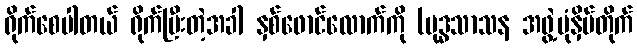
ရိုက်စေပါတယ် ရိုက်ပြီးတဲ့အခါ နှစ်ဖောင်လောက်ကို (ဗုဒ္ဓသာသန အဖွဲ့ပုံနှိပ်တိုက်